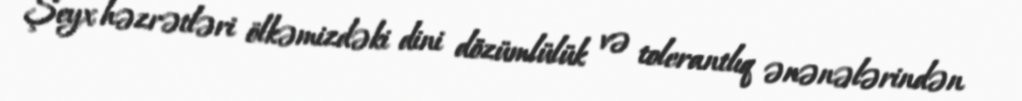
Şeyx həzrətləri ölkəmizdəki dini dözümlülük və tolerantlıq ənənələrindən